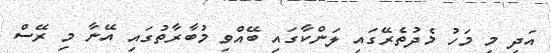
އަދި މި މަހު މެދުތެރޭގައި ލަންކާގައި ބޭއްވި މުބާރާތުގައި އޭނާ މި ރޭސް